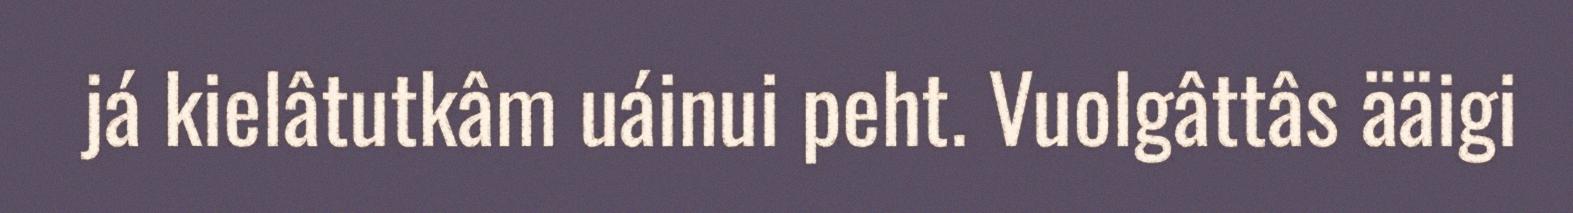
já kielâtutkâm uáinui peht. Vuolgâttâs ääigi